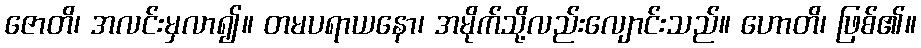
ဇောတိ၊ အလင်းမှလာ၍။ တမပရာယနော၊ အမိုက်သို့လည်းလျောင်းသည်။ ဟောတိ၊ ဖြစ်၏။